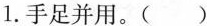
1.手足并用。( )